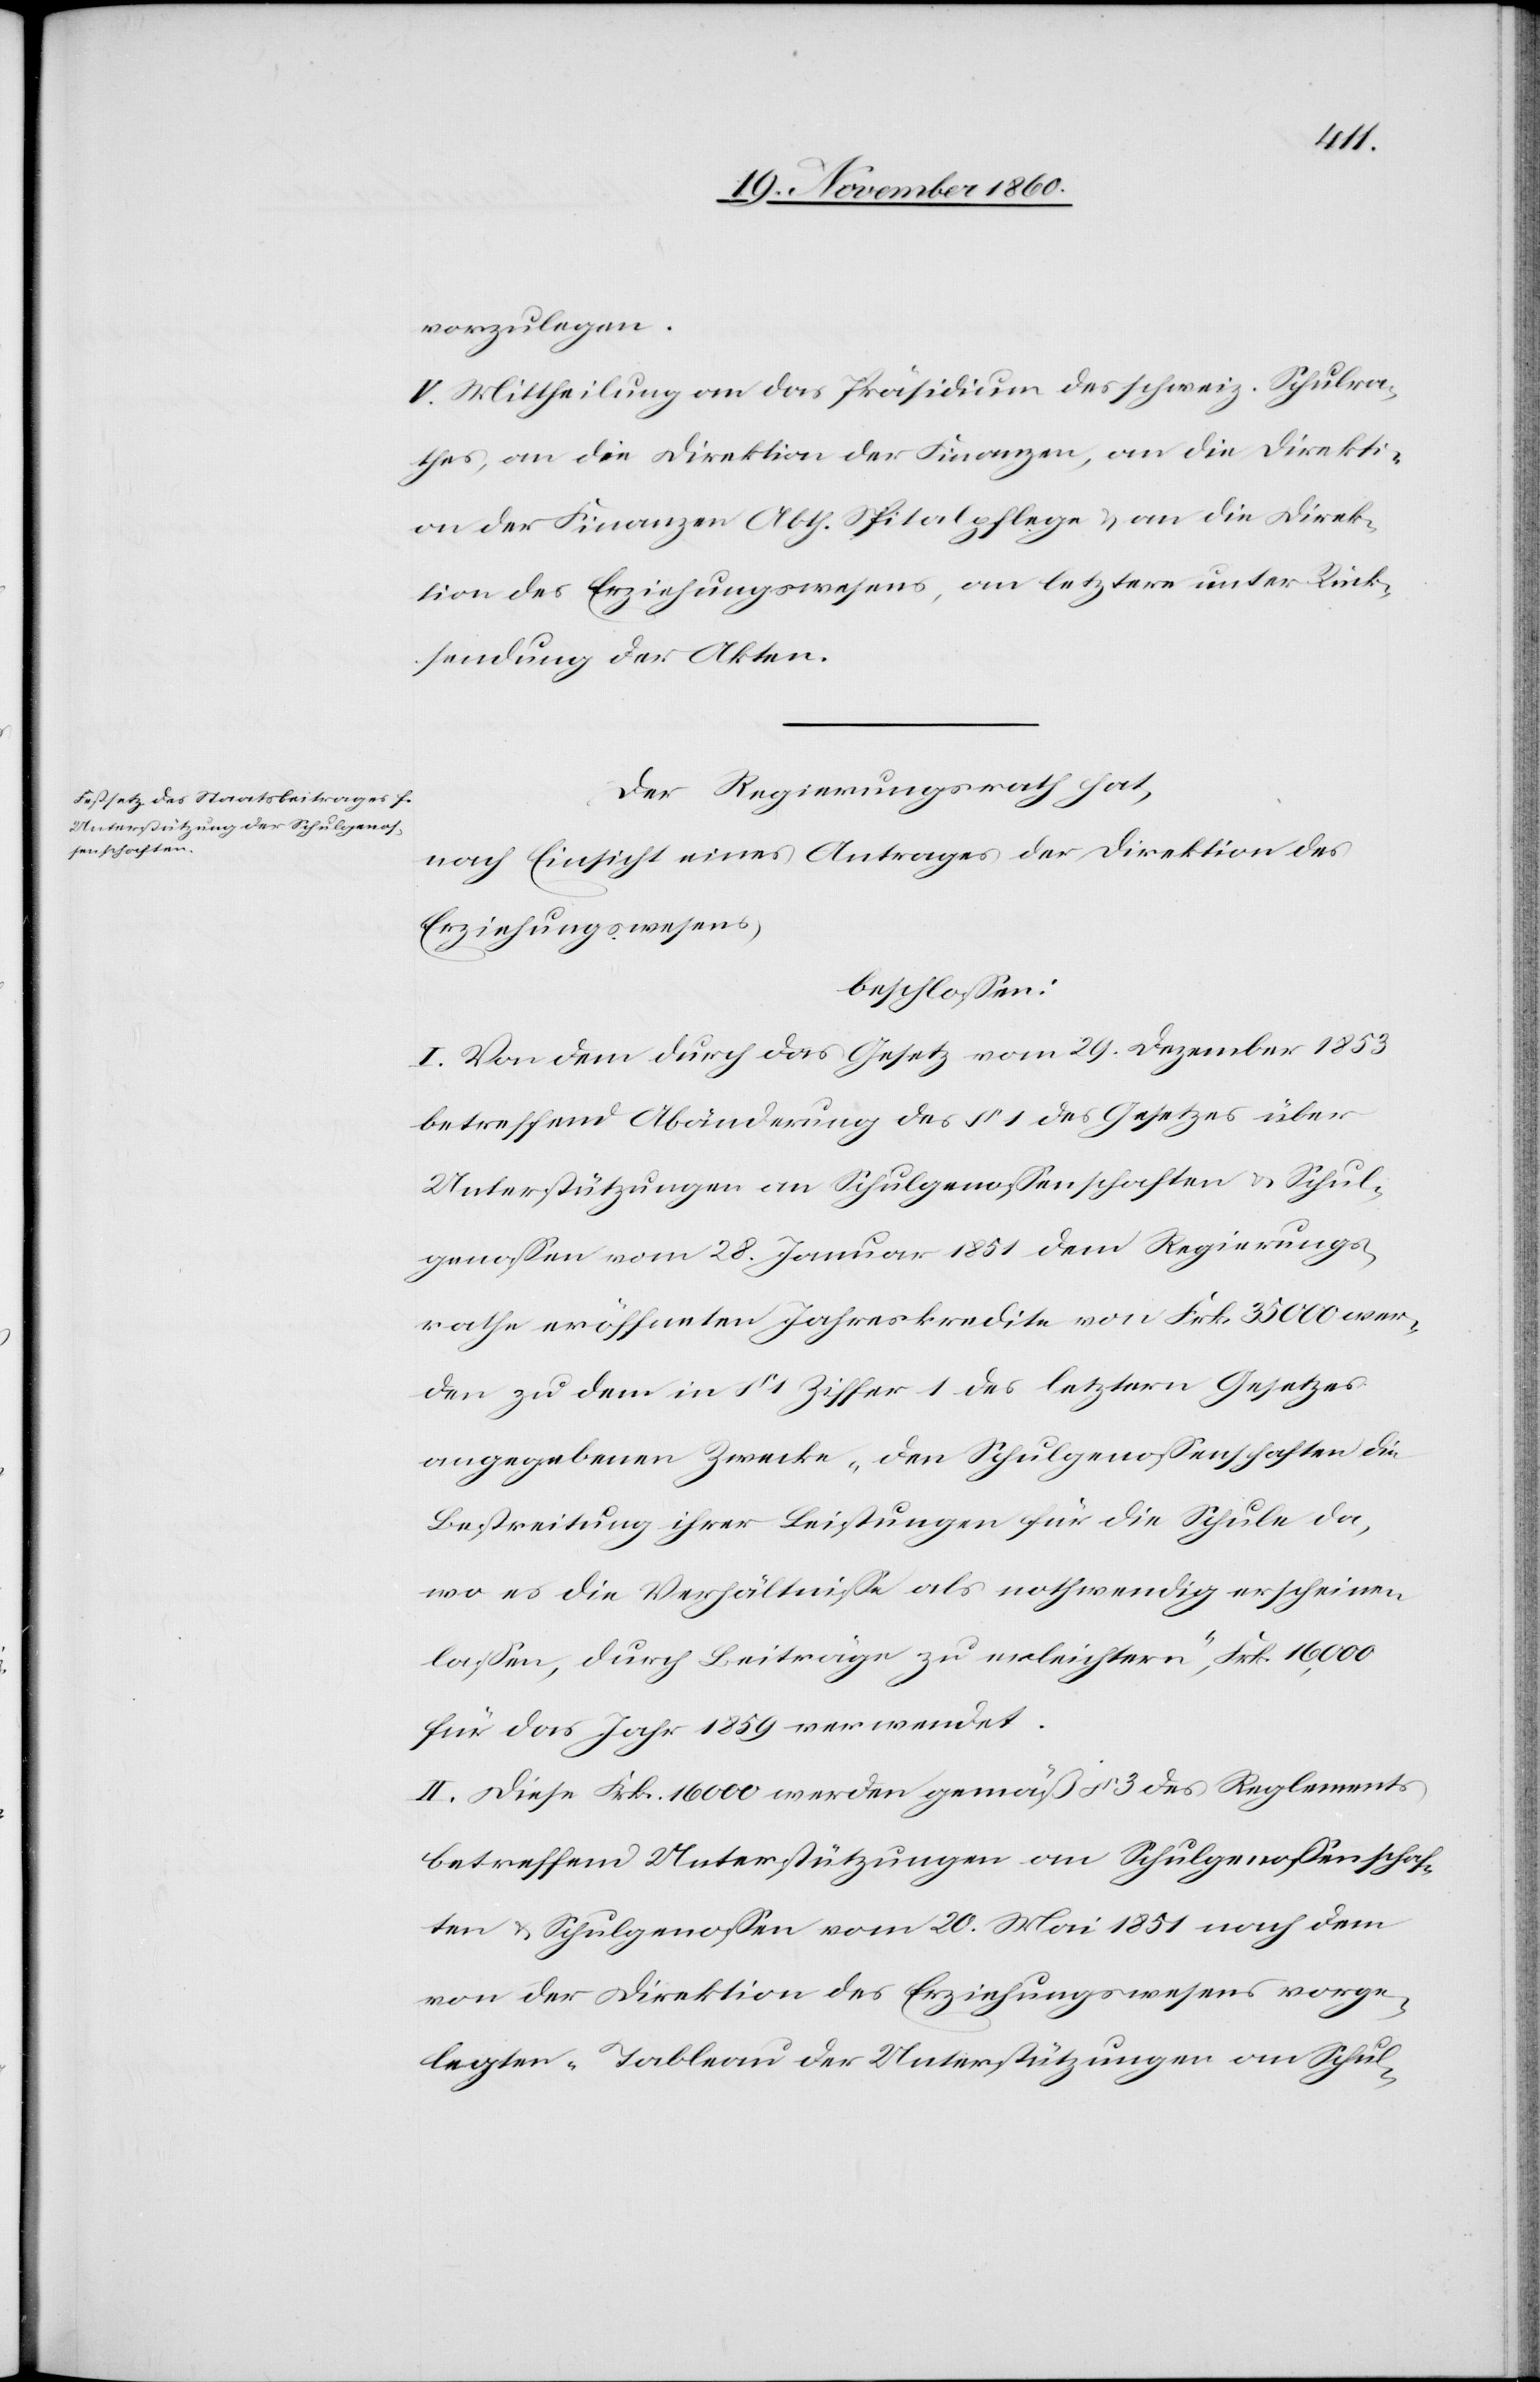
vorzulegen.
V. Mittheilung an das Präsidium des schweiz. Schulra¬
thes, an die Direktion der Finanzen, an die Direkti¬
on der Finanzen Abth. Spitalpflege u. an die Direk¬
tion des Erziehungswesens, an letztere unter Rück¬
sendung der Akten.
Der Regierungsrath hat,
nach Einsicht eines Antrages der Direktion des
Erziehungswesens,
beschlossen:
I. Von dem durch das Gesetz vom 29. Dezember 1853
betreffend Abänderung des § 1 des Gesetzes über
Unterstützungen an Schulgenossenschaften u. Schul¬
genossen vom 28. Januar 1851 dem Regierungs¬
rathe eröffneten Jahreskredite von Frk. 35 000 wer¬
den zu dem in § 1 Ziffer 1 des letztern Gesetzes
angegebenen Zwecke „den Schulgenossenschaften die
Bestreitung ihrer Leistungen für die Schule da,
wo es die Verhältnisse als nothwendig erscheinen
lassen, durch Beiträge zu erleichtern,[“] Frk. 16,000
für das Jahr 1859 verwendet.
II. Diese Frk. 16 000 werden gemäß § 3 des Reglements
betreffend Unterstützungen an Schulgenossenschaf¬
ten u. Schulgenossen vom 20. Mai 1851 nach dem
von der Direktion des Erziehungswesens vorge¬
legten „Tableau der Unterstützungen am Schul-